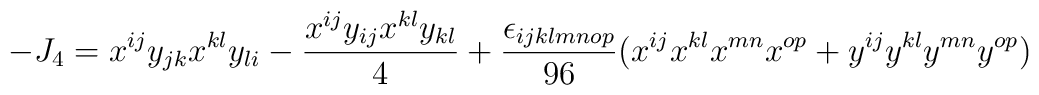
-J_4 = x^{ij} y_{jk} x^{kl} y_{li} -  {x^{ij} y_{ij} x^{kl} y_{kl} \over 4} +{\epsilon_{ijklmnop} \over 96} (x^{ij} x^{kl} x^{mn} x^{op} +                                  y^{ij} y^{kl} y^{mn} y^{op})